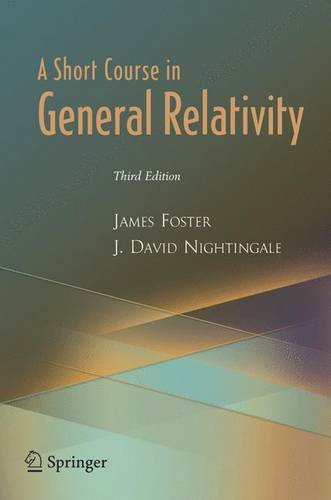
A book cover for A Short Course in General Relativity; James Foster; Science & Math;